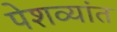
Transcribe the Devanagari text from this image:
पेशव्यांत